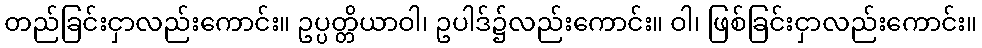
တည်ခြင်းငှာလည်းကောင်း။ ဥပ္ပတ္တိယာဝါ၊ ဥပါဒ်၌လည်းကောင်း။ ဝါ၊ ဖြစ်ခြင်းငှာလည်းကောင်း။